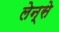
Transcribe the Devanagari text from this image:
लेन्से